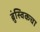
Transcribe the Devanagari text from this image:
ब्रुंस्विकचा